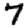
Digit: 7